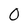
Character: 0